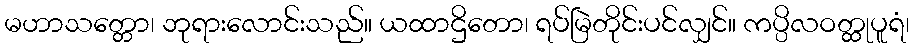
မဟာသတ္တော၊ ဘုရားလောင်းသည်။ ယထာဌိတော၊ ရပ်မြဲတိုင်းပင်လျှင်။ ကပ္ပိလဝတ္ထုပူရံ၊